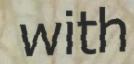
with